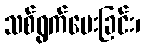
သစ်ရွက်ပေးခြင်း၊